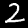
Label: 2